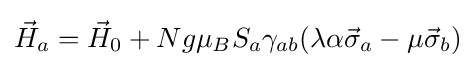
{\vec {H}}_{a}={\vec {H}}_{0}+Ng\mu _{B}S_{a}\gamma _{ab}(\lambda \alpha {\vec {\sigma }}_{a}-\mu {\vec {\sigma }}_{b})